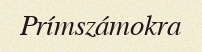
Prímszámokra